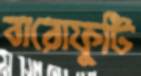
বারোফুটি